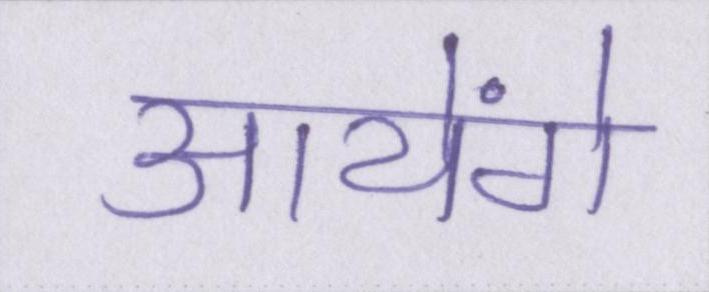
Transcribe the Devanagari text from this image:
आयेंगे